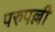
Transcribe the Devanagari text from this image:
परुपल्ली